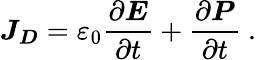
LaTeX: {\boldsymbol{J}}_{\boldsymbol{D}}=\varepsilon_{0}{\frac{\partial{\boldsymbol{E}}}{\partial t}}+{\frac{\partial{\boldsymbol{P}}}{\partial t}}\ .